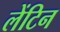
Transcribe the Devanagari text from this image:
लेंटिन